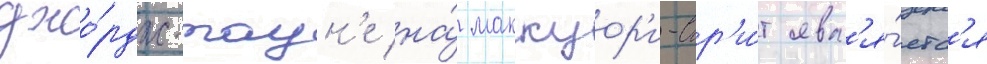
джо́рдж-таун'е на́ маккуор'и-стр'и́т явл'я́етс'я